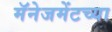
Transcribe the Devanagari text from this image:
मॅनेजमेंटच्या